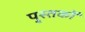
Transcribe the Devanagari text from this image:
पु्स्तकों